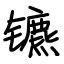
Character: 镳